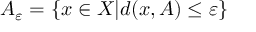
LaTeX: A _ { \varepsilon } = \{ x \in X | d ( x , A ) \leq \varepsilon \}